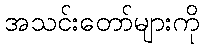
အသင်းတော်များကို